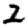
Digit: 2